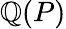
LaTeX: \mathbb{Q}(P)